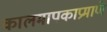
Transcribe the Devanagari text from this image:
कालमापकाप्रमाणे